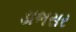
ડાભસર